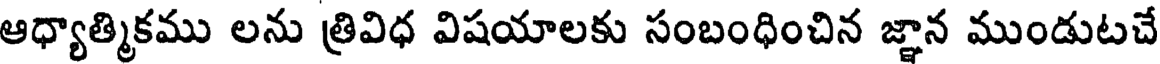
ఆధ్యాత్మికము లను త్రివిధ విషయాలకు సంబంధించిన జ్ఞాన ముండుటచే